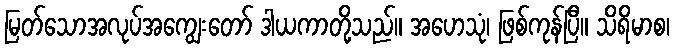
မြတ်သောအလုပ်အကျွေးတော် ဒါယကာတို့သည်။ အဟေသုံ၊ ဖြစ်ကုန်ပြီ။ သိရိမာစ၊